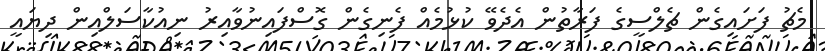
މެޗު ފަށައިގެން ޗެލްސީގެ ފަރާތުން އެދެވޭ ކުޅުމެއް ފެނިގެން ގޮސްފައިނުވާއިރު ނިއުކާސަލްއިން ދިޔައީ